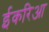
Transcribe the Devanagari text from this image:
ईकरिआ